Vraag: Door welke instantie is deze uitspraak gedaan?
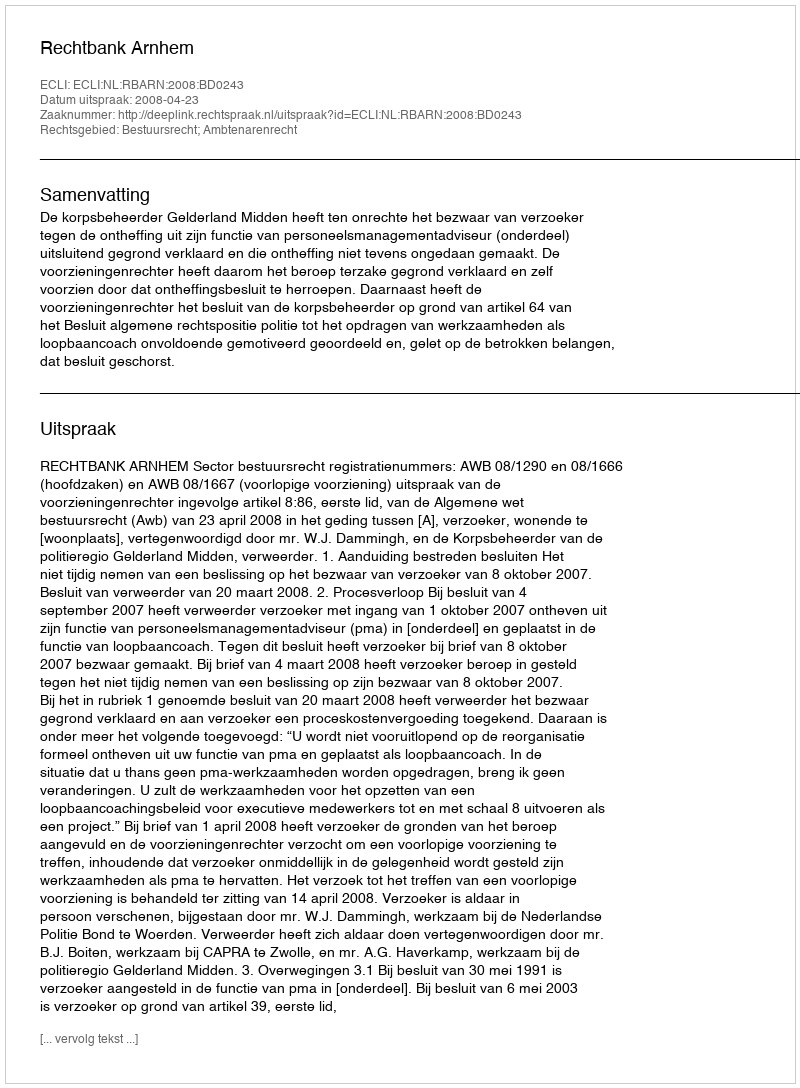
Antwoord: Rechtbank Arnhem